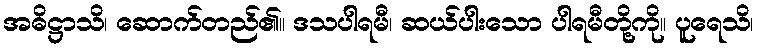
အဓိဋ္ဌာသိ၊ ဆောက်တည်၏။ ဒသပါရမီ၊ ဆယ်ပါးသော ပါရမီတို့ကို။ ပူရေသိ၊